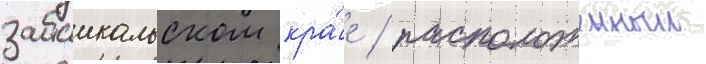
забаикальском кра́е / расположенныи